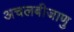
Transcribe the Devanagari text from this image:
अचलबीजाणु